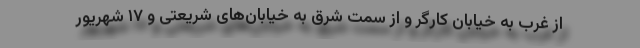
از غرب به خیابان کارگر و از سمت شرق به خیابان‌های شریعتی و ۱۷ شهریور